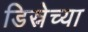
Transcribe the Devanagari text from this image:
डिस्नेच्या